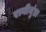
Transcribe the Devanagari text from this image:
रानीमुंडा